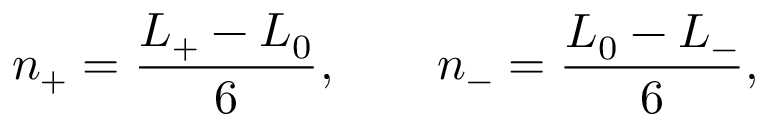
n _ { + } = \frac { L _ { + } - L _ { 0 } } { 6 } , \qquad n _ { - } = \frac { L _ { 0 } - L _ { - } } { 6 } ,